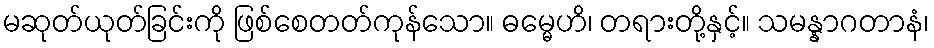
မဆုတ်ယုတ်ခြင်းကို ဖြစ်စေတတ်ကုန်သော။ ဓမ္မေဟိ၊ တရားတို့နှင့်။ သမန္နာဂတာနံ၊